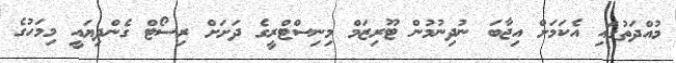
މުއްދަތުގައި އެކަމަށް އިޖާބަ ނުދިނުމުން ޓޫރިޒަމް މިނިސްޓްރީގެ ދަށަށް ރިސޯޓް ގެންދިޔައީ މިމަހުގެ